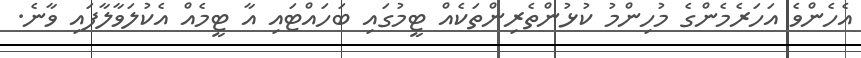
އެހެންވެ އަހަރެމެންގެ މުހިންމު ކުޅުންތެރިންތަކެއް ޓީމުގައި ބަހައްޓައި އާ ޓީމެއް އެކުލަވާލާފައި ވާނެ.